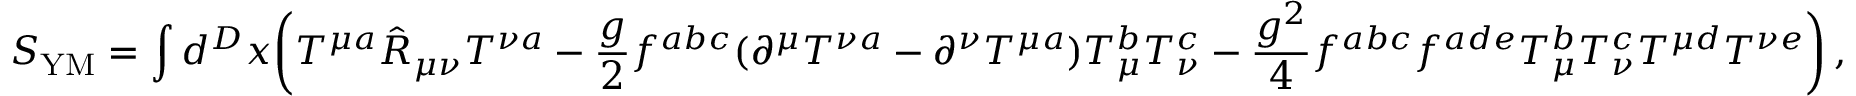
S _ { \mathrm { Y M } } = \int d ^ { D } x \bigg ( T ^ { \mu a } \hat { R } _ { \mu \nu } T ^ { \nu a } - \frac { g } { 2 } f ^ { a b c } ( \partial ^ { \mu } T ^ { \nu a } - \partial ^ { \nu } T ^ { \mu a } ) T _ { \mu } ^ { b } T _ { \nu } ^ { c } - \frac { g ^ { 2 } } { 4 } f ^ { a b c } f ^ { a d e } T _ { \mu } ^ { b } T _ { \nu } ^ { c } T ^ { \mu d } T ^ { \nu e } \bigg ) \, ,